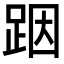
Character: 𮛘